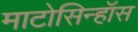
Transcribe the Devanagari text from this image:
माटोसिन्हॉस